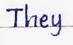
They